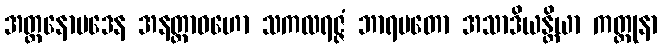
အတ္တနောပဒေန အနတ္ထာဝဟော သကလရဇ္ဇံ ဘာရမတော အသာဒိယန္တိယာ ကတ္တုနာ